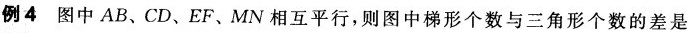
例4 图中AB、CD、EF、MN相互平行，则图中梯形个数与三角形个数的差是